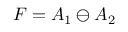
F = A _ { 1 } \ominus A _ { 2 }